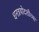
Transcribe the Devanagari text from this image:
धनत्रयोदशीच्या